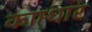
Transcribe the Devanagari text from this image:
काम्धार